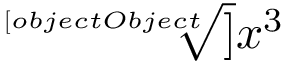
\sqrt [ [object Object] ] { x ^ { 3 } }